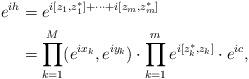
LaTeX: \begin{align*}e^{ih} &=e^{i[z_1,z_1^*]+\cdots +i[z_m,z_m^*]}\\&=\prod_{k=1}^{M} (e^{ix_k},e^{iy_k})\cdot \prod_{k=1}^{m} e^{i[z_k^*,z_k]}\cdot e^{ic},\end{align*}